system: You are a helpful assistant.
user:
Analyze the provided spectrum to determine if it is a **White Dwarf (WD)**.

A White Dwarf spectrum is defined by its **extreme purity** (due to gravitational settling) and/or **extreme pressure broadening** (due to high surface gravity). You must check for one of the following mutually exclusive signatures:

- **Key Visual Indicators (Check for ONE of these types):**

    - **1. DA-Type Signature (Most Common):**
        - **(Primary Feature):** Extreme pressure broadening (Stark broadening) of the **Hydrogen (H) Balmer lines**.
        - **(Key Lines):** $H\beta$ (approx. $4861$ Å) and $H\gamma$ (approx. $4340$ Å). $H\alpha$ (approx. $6563$ Å) will also be present if the wavelength range covers it.
        - **(Line Profile):** This is the **defining feature**. The lines are **NOT** sharp. They appear as massive, **extremely broad and deep "troughs" or "dips"** in the spectrum, often hundreds of Ångströms wide. The continuum will appear to "scoop" down at these wavelengths.
        - **(Distinction):** Normal A-type or B-type stars have *narrow* and *sharp* Hydrogen lines. A DA White Dwarf's lines are unmistakably "smeared" or "blurry" from pressure.

    - **2. DB-Type Signature:**
        - **(Primary Feature):** Broad absorption lines from **Neutral Helium (He I)**. The spectrum must lack any visible Hydrogen lines.
        - **(Key Lines):** Look for broad absorption near $4471$ Å, $4921$ Å, and $5876$ Å.
        - **(Line Profile):** These lines are also significantly pressure-broadened, appearing much wider than they would in a normal B-type main-sequence star.

    - **3. DC-Type Signature:**
        - **(Primary Feature):** A **featureless continuous spectrum**.
        - **(Line Profile):** The spectrum is a smooth curve with **no significant absorption or emission lines**.
        - **(Key Confirmation):** The continuum is almost always **blue or white**, indicating a hot object. This signature implies the atmosphere is so pure (or so cool) that no spectral lines are visible in the optical range. Its WD identity is confirmed by its extremely low intrinsic brightness (high absolute magnitude).

    - **4. DZ-Type Signature (Metal-Polluted):**
        - **(Primary Feature):** **Isolated, narrow metal absorption lines** on an otherwise featureless (DC-like) continuum.
        - **(Key Lines):** The **Calcium (Ca II) H & K doublet** (approx. **$3934$ Å** and **$3968$ Å**) is the most common and defining feature.
        - **(Line Profile):** These lines are "out of place." They are *not* part of a "forest" of thousands of lines. This signature is evidence of recent *accretion* (pollution) from rocky debris.
        - **(Distinction):** Normal G/K/M stars have a *dense forest* of thousands of metal lines. A DZ has a *clean* continuum with *only a few* strong metal lines.

    - **5. DQ-Type Signature (Carbon-Polluted):**
        - **(Primary Feature):** Absorption bands from **Carbon (C₂ "Swan Bands" or atomic C I)**.
        - **(Key Lines - C₂):** Look for bandheads with a "saw-tooth" shape near $5635$ Å, **$5165$ Å** (strongest), and $4737$ Å.
        - **(Key Confirmation):** The underlying **continuum must be blue or white** (hot).
        - **(Distinction):** This is the critical difference from a **Carbon Star**, which has the *exact same* C₂ bands but on an extremely **red, cool** continuum.

- **(Overall Spectrum):**
    - The continuum (overall shape) is typically **blue-sloping** (brighter in the blue than the red), as most white dwarfs are very hot.
    - The spectrum will look "pure" or "simple," dominated by only *one* of the five signatures listed above.

Think first, call **spectral_visualization_tool** if needed to examine features in detail, then provide your final answer. Your response must adhere to the following strict rules:
1.  **Overall Structure:** Your response must follow the format `<think>...</think> <tool_call>...</tool_call> (if a tool is used) <answer>...</answer>`.
2.  **Tool Usage Constraint:** You may only make **one** tool call per turn.
3.  **Final Answer Format:** In the `<answer>` tag, your conclusion must be inside a `\boxed{}` command (e.g., `\boxed{YES}` or `\boxed{NO}`), followed by your justification.

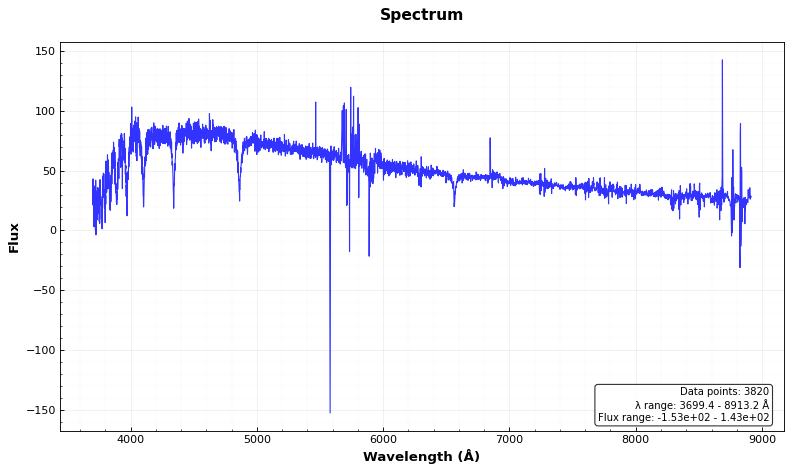
Answer: NO